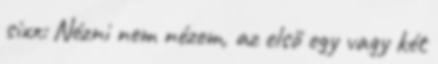
sixx: Nézni nem nézem, az első egy vagy két